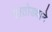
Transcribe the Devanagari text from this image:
हातोड्याने